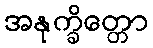
အနုက္ခိတ္တော